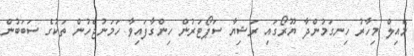
މެއިލް މިހާރު ހިނގަމުންދާ ޔޫރޯގައި ރަޝިޔާ ސަޕޯޓަރުން ހިންގާފައިވާ ހަމަނުޖެހުން ތަކުގެ ސަބަބުން